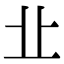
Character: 㐀